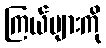
ကြယ်များကို